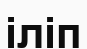
іліп